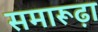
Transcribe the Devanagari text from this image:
समारूढ़ा